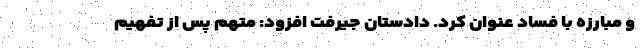
و مبارزه با فساد عنوان کرد. دادستان جیرفت افزود: متهم پس از تفهیم